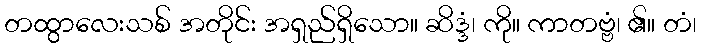
တထွာလေးသစ် အတိုင်း အရှည်ရှိသော။ ဆိဒ္ဒံ၊ ကို။ ကာတဗ္ဗံ၊ ၏။ တံ၊